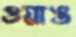
ওয়াঙ